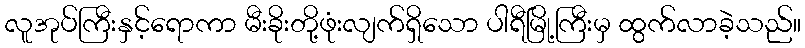
လူအုပ်ကြီးနှင့်ရောကာ မီးခိုးတို့ဖုံးလျက်ရှိသော ပါရီမြို့ကြီးမှ ထွက်လာခဲ့သည်။